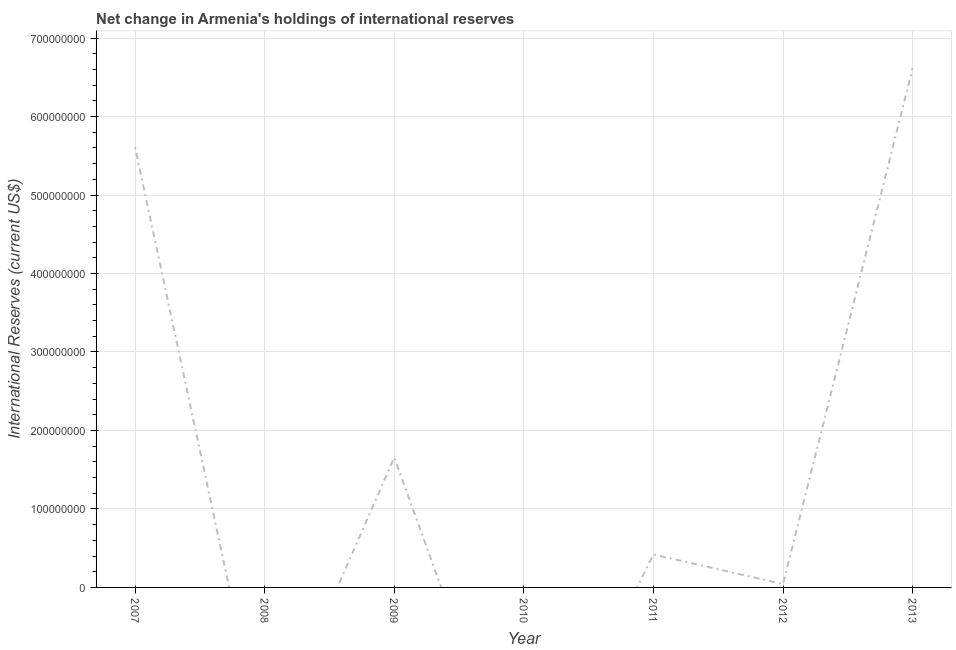
| Year | Reserves and related items |
 | --- | --- |
 | 2007 | 5.61e+08 |
 | 2008 | -2.12e+08 |
 | 2009 | 1.66e+08 |
 | 2010 | -2.91e+08 |
 | 2011 | 4.2e+07 |
 | 2012 | 4.22e+06 |
 | 2013 | 6.62e+08 |